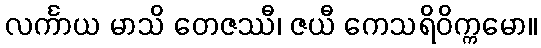
လင်္ကာယ မာသိ တေဇဿီ၊ ဇယီ ကေသရိဝိက္ကမော။